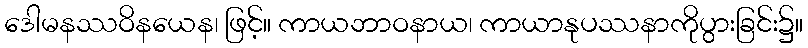
ဒေါမနဿဝိနယေန၊ ဖြင့်။ ကာယဘာဝနာယ၊ ကာယာနုပဿနာကိုပွားခြင်း၌။